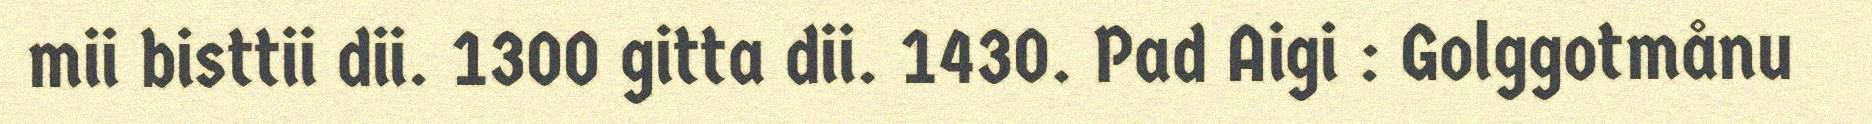
mii bisttii dii. 1300 gitta dii. 1430. Pad Aigi : Golggotmånu